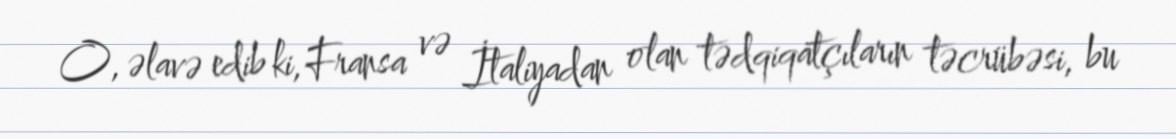
O, əlavə edib ki, Fransa və İtaliyadan olan tədqiqatçıların təcrübəsi, bu